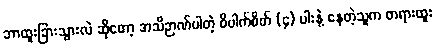
ဘာထူးခြားသွားလဲ ဆိုတော့ အသိဉာဏ်ပါတဲ့ ဝိပါက်စိတ် (၄) ပါးနဲ့ နေတဲ့သူက တရားထူး